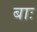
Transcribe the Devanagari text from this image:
बाः